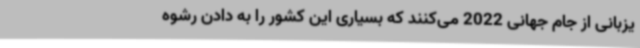
یزبانی از جام جهانی 2022 می‌کنند که بسیاری این کشور را به دادن رشوه